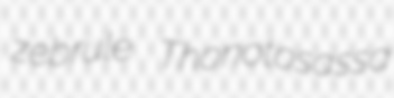
zebrule Thonotosassa